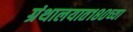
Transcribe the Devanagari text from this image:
ग्रंथालयात१८०च्या